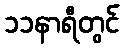
၁၁နာရီတွင်